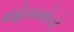
જોખમોનો